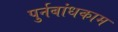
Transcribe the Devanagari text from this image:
पुर्नबांधकाम